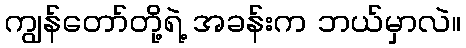
ကျွန်တော်တို့ရဲ့ အခန်းက ဘယ်မှာလဲ။